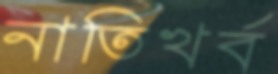
নাতিখর্ব